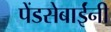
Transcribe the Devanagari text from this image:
पेंडसेबाईंनी